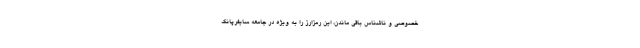
خصوصی و ناشناس باقی ماندن، این رمزارز را به ویژه در جامعه سایفرپانک